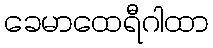
ခေမာထေရီဂါထာ